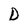
Character: D